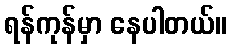
ရန်ကုန်မှာ နေပါတယ်။